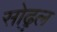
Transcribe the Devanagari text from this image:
सोढुल